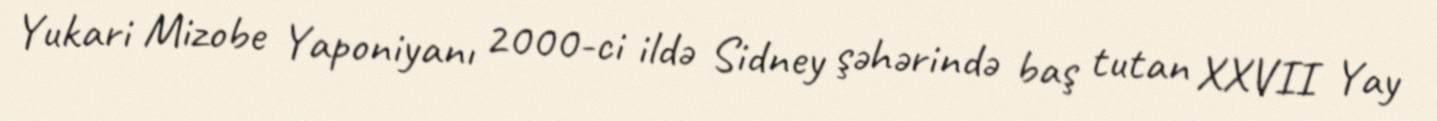
Yukari Mizobe Yaponiyanı 2000-ci ildə Sidney şəhərində baş tutan XXVII Yay